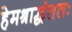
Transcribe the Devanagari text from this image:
हेमश्राद्धंततः